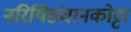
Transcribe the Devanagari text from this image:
नरियिडंचानकोट्टा